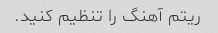
ریتم آهنگ را تنظیم کنید.